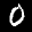
Label: 0